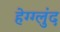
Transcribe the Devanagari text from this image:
हेग्ग्लुंद